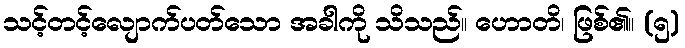
သင့်တင့်လျောက်ပတ်သော အခါကို သိသည်။ ဟောတိ၊ ဖြစ်၏။ (၅)